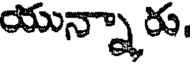
యున్నారు.